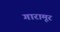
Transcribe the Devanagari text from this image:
गारामूर